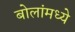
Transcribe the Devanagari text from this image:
बोलांमध्ये